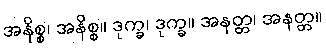
အနိစ္စ၊ အနိစ္စ။ ဒုက္ခ၊ ဒုက္ခ။ အနတ္တ၊ အနတ္တ။